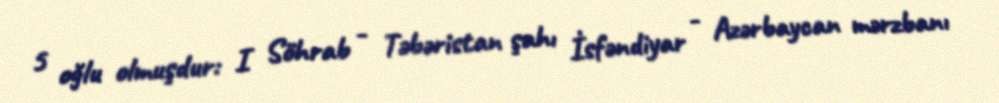
5 oğlu olmuşdur: I Söhrab - Təbəristan şahı İsfəndiyar - Azərbaycan mərzbanı